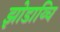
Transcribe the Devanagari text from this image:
झोडाय्चि